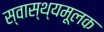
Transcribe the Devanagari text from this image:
स्वास्थ्यमूलक